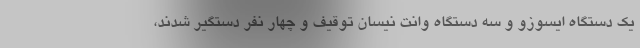
یک دستگاه ایسوزو و سه دستگاه وانت نیسان توقیف و چهار نفر دستگیر شدند،